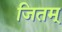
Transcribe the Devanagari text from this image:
जितम्